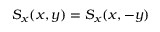
S _ { x } ( x , y ) = S _ { x } ( x , - y )